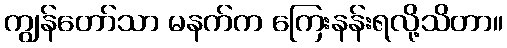
ကျွန်တော်သာ မနက်က ကြေးနန်းရလို့သိတာ။